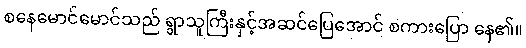
စနေမောင်မောင်သည် ရွာသူကြီးနှင့်အဆင်ပြေအောင် စကားပြော နေ၏။